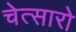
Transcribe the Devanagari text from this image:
चेत्सारो